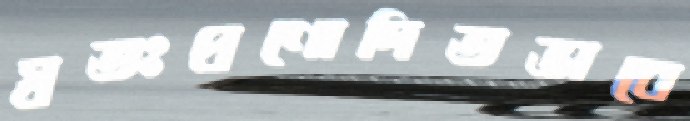
স্বতঃপ্রণোদিতভাবে